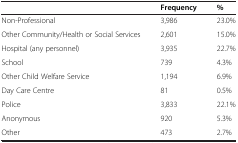
<table><thead><tr><td><b> </b></td><td><b>Frequency</b></td><td><b>%</b></td></tr></thead><tbody><tr><td>Non-Professional</td><td>3,986</td><td>23.0%</td></tr><tr><td>Other Community/Health or Social Services</td><td>2,601</td><td>15.0%</td></tr><tr><td>Hospital (any personnel)</td><td>3,935</td><td>22.7%</td></tr><tr><td>School</td><td>739</td><td>4.3%</td></tr><tr><td>Other Child Welfare Service</td><td>1,194</td><td>6.9%</td></tr><tr><td>Day Care Centre</td><td>81</td><td>0.5%</td></tr><tr><td>Police</td><td>3,833</td><td>22.1%</td></tr><tr><td>Anonymous</td><td>920</td><td>5.3%</td></tr><tr><td>Other</td><td>473</td><td>2.7%</td></tr></tbody></table>